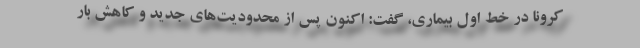
کرونا در خط اول بیماری، گفت: اکنون پس از محدودیت‌های جدید و کاهش بار